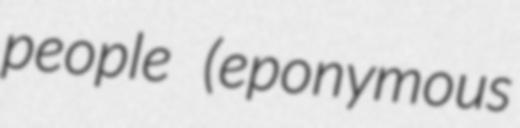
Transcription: people (eponymous